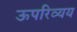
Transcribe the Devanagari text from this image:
ऊपरिव्यय